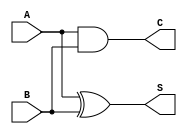
module CurrentModeHalfAdder (
    input wire A,  // Current input representing the first binary bit
    input wire B,  // Current input representing the second binary bit
    output wire S, // Current output representing the sum
    output wire C  // Current output representing the carry-out
);

// Internal signals for the logic operations
wire A_and_B; // Intermediate signal for AND operation
wire A_xor_B; // Intermediate signal for XOR operation

// Logic for Carry (C = A AND B)
assign A_and_B = A & B; // Carry logic

// Logic for Sum (S = A XOR B)
assign A_xor_B = A ^ B; // Sum logic

// Assigning outputs
assign C = A_and_B; // Carry output
assign S = A_xor_B; // Sum output

endmodule